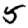
Digit: 5